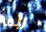
ربما